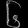
Digit: ၆